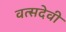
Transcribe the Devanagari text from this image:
वत्सदेवी